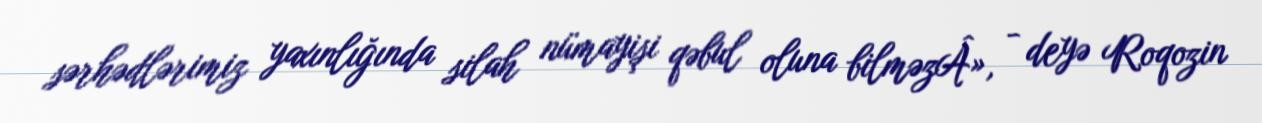
sərhədlərimiz yaxınlığında silah nümayişi qəbul oluna bilməzÂ», - deyə Roqozin